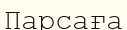
Парсаға